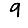
Digit: 9